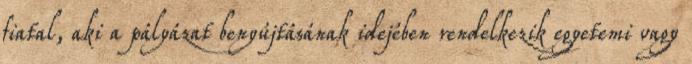
fiatal, aki a pályázat benyújtásának idejében rendelkezik egyetemi vagy